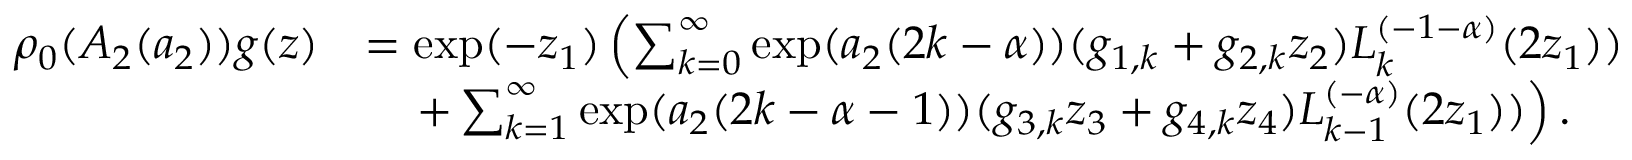
\begin{array} { r l } { \rho _ { 0 } ( A _ { 2 } ( a _ { 2 } ) ) g ( z ) } & { = \exp ( - z _ { 1 } ) \left( \sum _ { k = 0 } ^ { \infty } \exp ( a _ { 2 } ( 2 k - \alpha ) ) ( g _ { 1 , k } + g _ { 2 , k } z _ { 2 } ) L _ { k } ^ { ( - 1 - \alpha ) } ( 2 z _ { 1 } ) ) \right. } \\ & { \quad \left. + \sum _ { k = 1 } ^ { \infty } \exp ( a _ { 2 } ( 2 k - \alpha - 1 ) ) ( g _ { 3 , k } z _ { 3 } + g _ { 4 , k } z _ { 4 } ) L _ { k - 1 } ^ { ( - \alpha ) } ( 2 z _ { 1 } ) ) \right) . } \end{array}